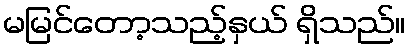
မမြင်တော့သည့်နှယ် ရှိသည်။